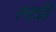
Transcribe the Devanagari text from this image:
लड़ाईहै